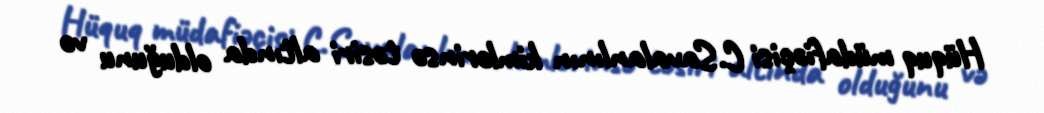
Hüquq müdafiəçisi C.Savalanlının kimlərinsə təsiri altında olduğunu və